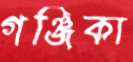
গঞ্জিকা